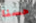
حسنا